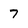
Character: 7